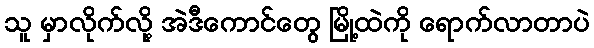
သူ မှာလိုက်လို့ အဲဒီကောင်တွေ မြို့ထဲကို ရောက်လာတာပဲ